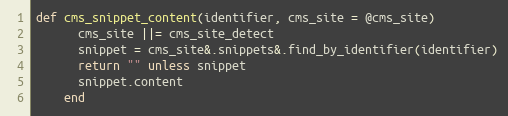
Language: Ruby
def cms_snippet_content(identifier, cms_site = @cms_site)
      cms_site ||= cms_site_detect
      snippet = cms_site&.snippets&.find_by_identifier(identifier)
      return "" unless snippet
      snippet.content
    end